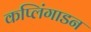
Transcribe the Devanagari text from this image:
कप्लिंगाडन